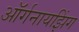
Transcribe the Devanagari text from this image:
ऑर्गनायझिंग